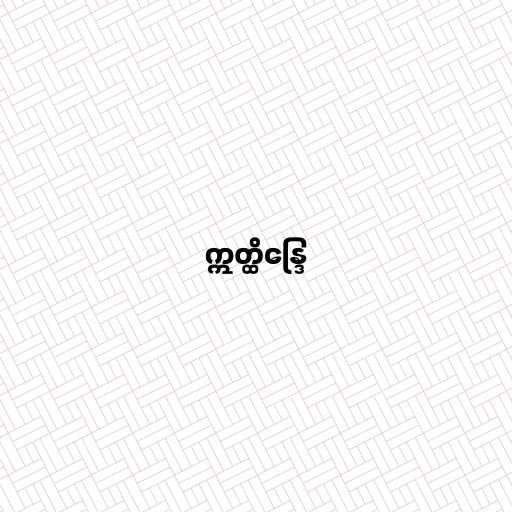
ဣတ္ထိန္ဒြေ